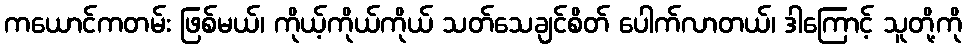
ကယောင်ကတမ်း ဖြစ်မယ်၊ ကိုယ့်ကိုယ်ကိုယ် သတ်သေချင်စိတ် ပေါက်လာတယ်၊ ဒါကြောင့် သူတို့ကို